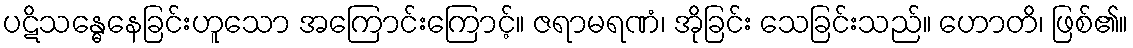
ပဋိသန္ဓေနေခြင်းဟူသော အကြောင်းကြောင့်။ ဇရာမရဏံ၊ အိုခြင်း သေခြင်းသည်။ ဟောတိ၊ ဖြစ်၏။